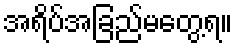
အရိပ်အခြည်မတွေ့ရ။